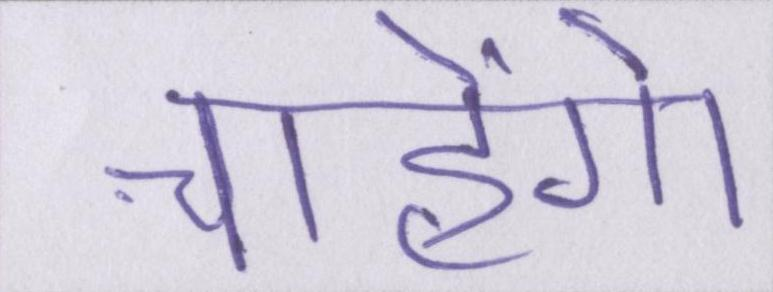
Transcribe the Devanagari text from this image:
चाहेंगे।